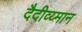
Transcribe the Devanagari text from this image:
दैदीव्य्मान